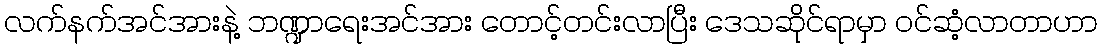
လက်နက်အင်အားနဲ့ ဘဏ္ဍာရေးအင်အား တောင့်တင်းလာပြီး ဒေသဆိုင်ရာမှာ ဝင်ဆံ့လာတာဟာ